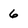
Character: 6